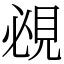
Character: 覕